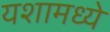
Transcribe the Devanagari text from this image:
यशामध्ये